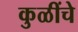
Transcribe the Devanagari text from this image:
कुळींचे